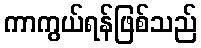
ကာကွယ်ရန်ဖြစ်သည်